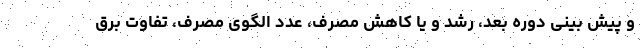
و پیش بینی دوره بعد، رشد و یا کاهش مصرف، عدد الگوی مصرف، تفاوت برق